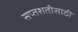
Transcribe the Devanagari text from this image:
सप्तशतीसाठी